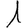
Digit: 1